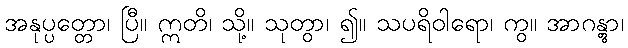
အနုပ္ပတ္တော၊ ပြီ။ ဣတိ၊ သို့။ သုတွာ၊ ၍။ သပရိဝါရော၊ ကွ။ အာဂန္တွာ၊